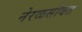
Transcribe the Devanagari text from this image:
नेरळसोबत